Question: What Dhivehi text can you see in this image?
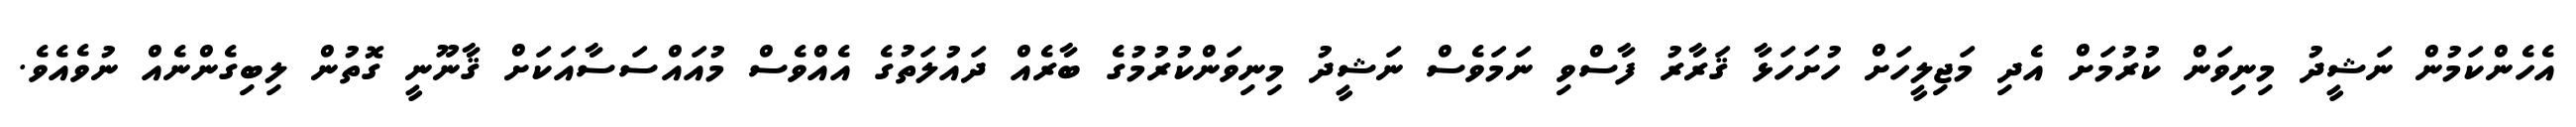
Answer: އެހެންކަމުން ނަޝީދު މިނިވަން ކުރުމަށް އެދި މަޖިލީހަށް ހުށަހަޅާ ޤަރާރު ފާސްވި ނަމަވެސް ނަޝީދު މިނިވަންކުރުމުގެ ބާރެއް ދައުލަތުގެ އެއްވެސް މުއައްސަސާއަކަށް ޤާނޫނީ ގޮތުން ލިބިގެންނެއް ނުވެއެވެ.